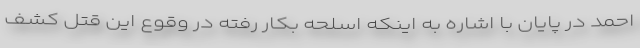
احمد در پایان با اشاره به اینکه اسلحه بکار رفته در وقوع این قتل کشف